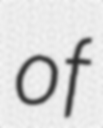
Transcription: of